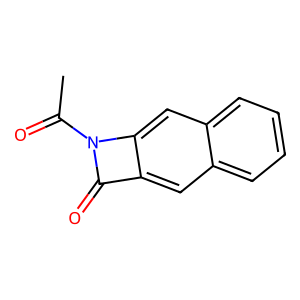
SMILES: CC(=O)N1C(=O)c2cc3ccccc3cc21
Inhibits HIV replication: No